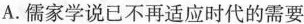
A.儒家学说已不再适应时代的需要